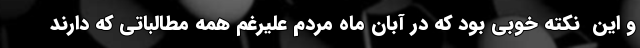
و این ‌ نکته خوبی بود که در آبان ماه مردم علیرغم همه مطالباتی که دارند